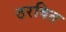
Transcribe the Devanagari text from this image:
ठरवित